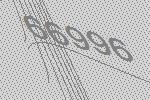
66996